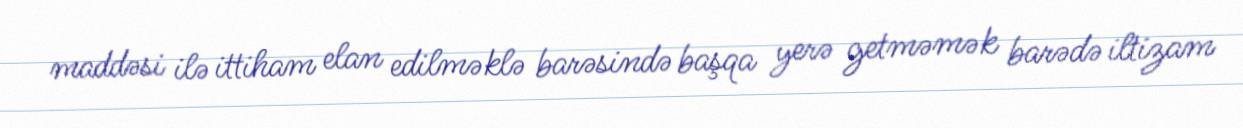
maddəsi ilə ittiham elan edilməklə barəsində başqa yerə getməmək barədə iltizam